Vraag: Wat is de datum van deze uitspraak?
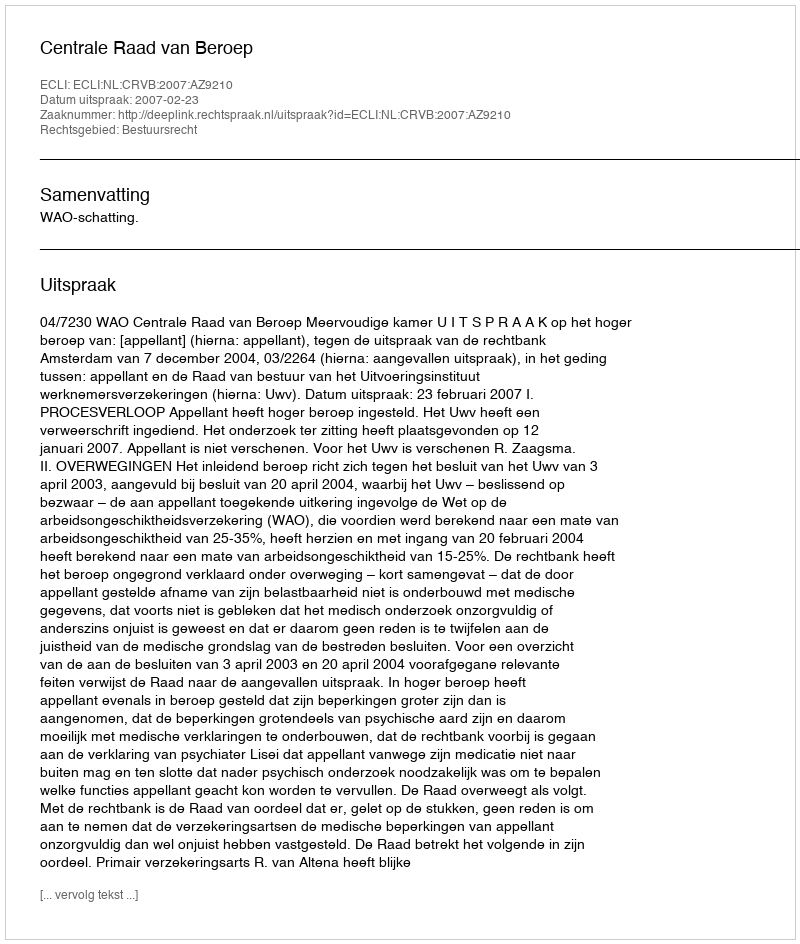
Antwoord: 2007-02-23